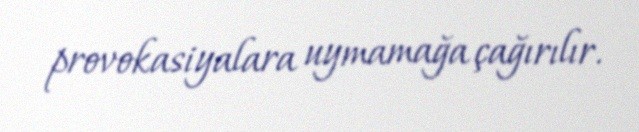
provokasiyalara uymamağa çağırılır.